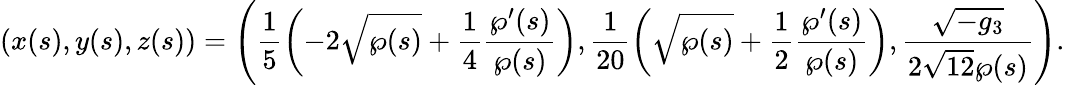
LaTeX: \left(x(s),y(s),z(s)\right)=\left(\frac{1}{5}\left(-2\sqrt{\wp(s)}+\frac{1}{4}\frac{\wp^{\prime}(s)}{\wp(s)}\right),\frac{1}{20}\left(\sqrt{\wp(s)}+\frac{1}{2}\frac{\wp^{\prime}(s)}{\wp(s)}\right),\frac{\sqrt{-g_{3}}}{2\sqrt{12}\wp(s)}\right).